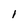
Character: 1